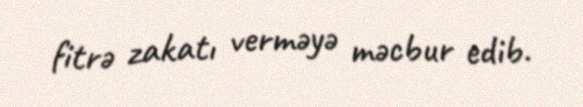
fitrə zakatı verməyə məcbur edib.